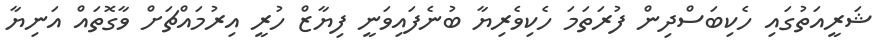
ޝަރީއަތުގައި ހެކިބަސްދިން ފުރަތަމަ ހެކިވެރިޔާ ބުނެފައިވަނީ ފިޔާޒް ހުރީ އިރުމައްޗަށް ވާގޮތައް އަނިޔާ